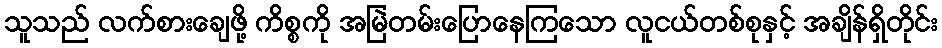
သူသည် လက်စားချေဖို့ ကိစ္စကို အမြဲတမ်းပြောနေကြသော လူငယ်တစ်စုနှင့် အချိန်ရှိတိုင်း